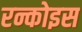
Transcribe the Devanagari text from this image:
रन्कोइस